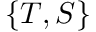
\{ T , S \}